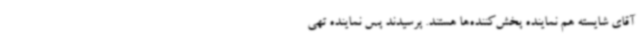
آقای شایسته هم نماینده پخش‌کننده‌ها هستند. پرسیدند پس نماینده تهی